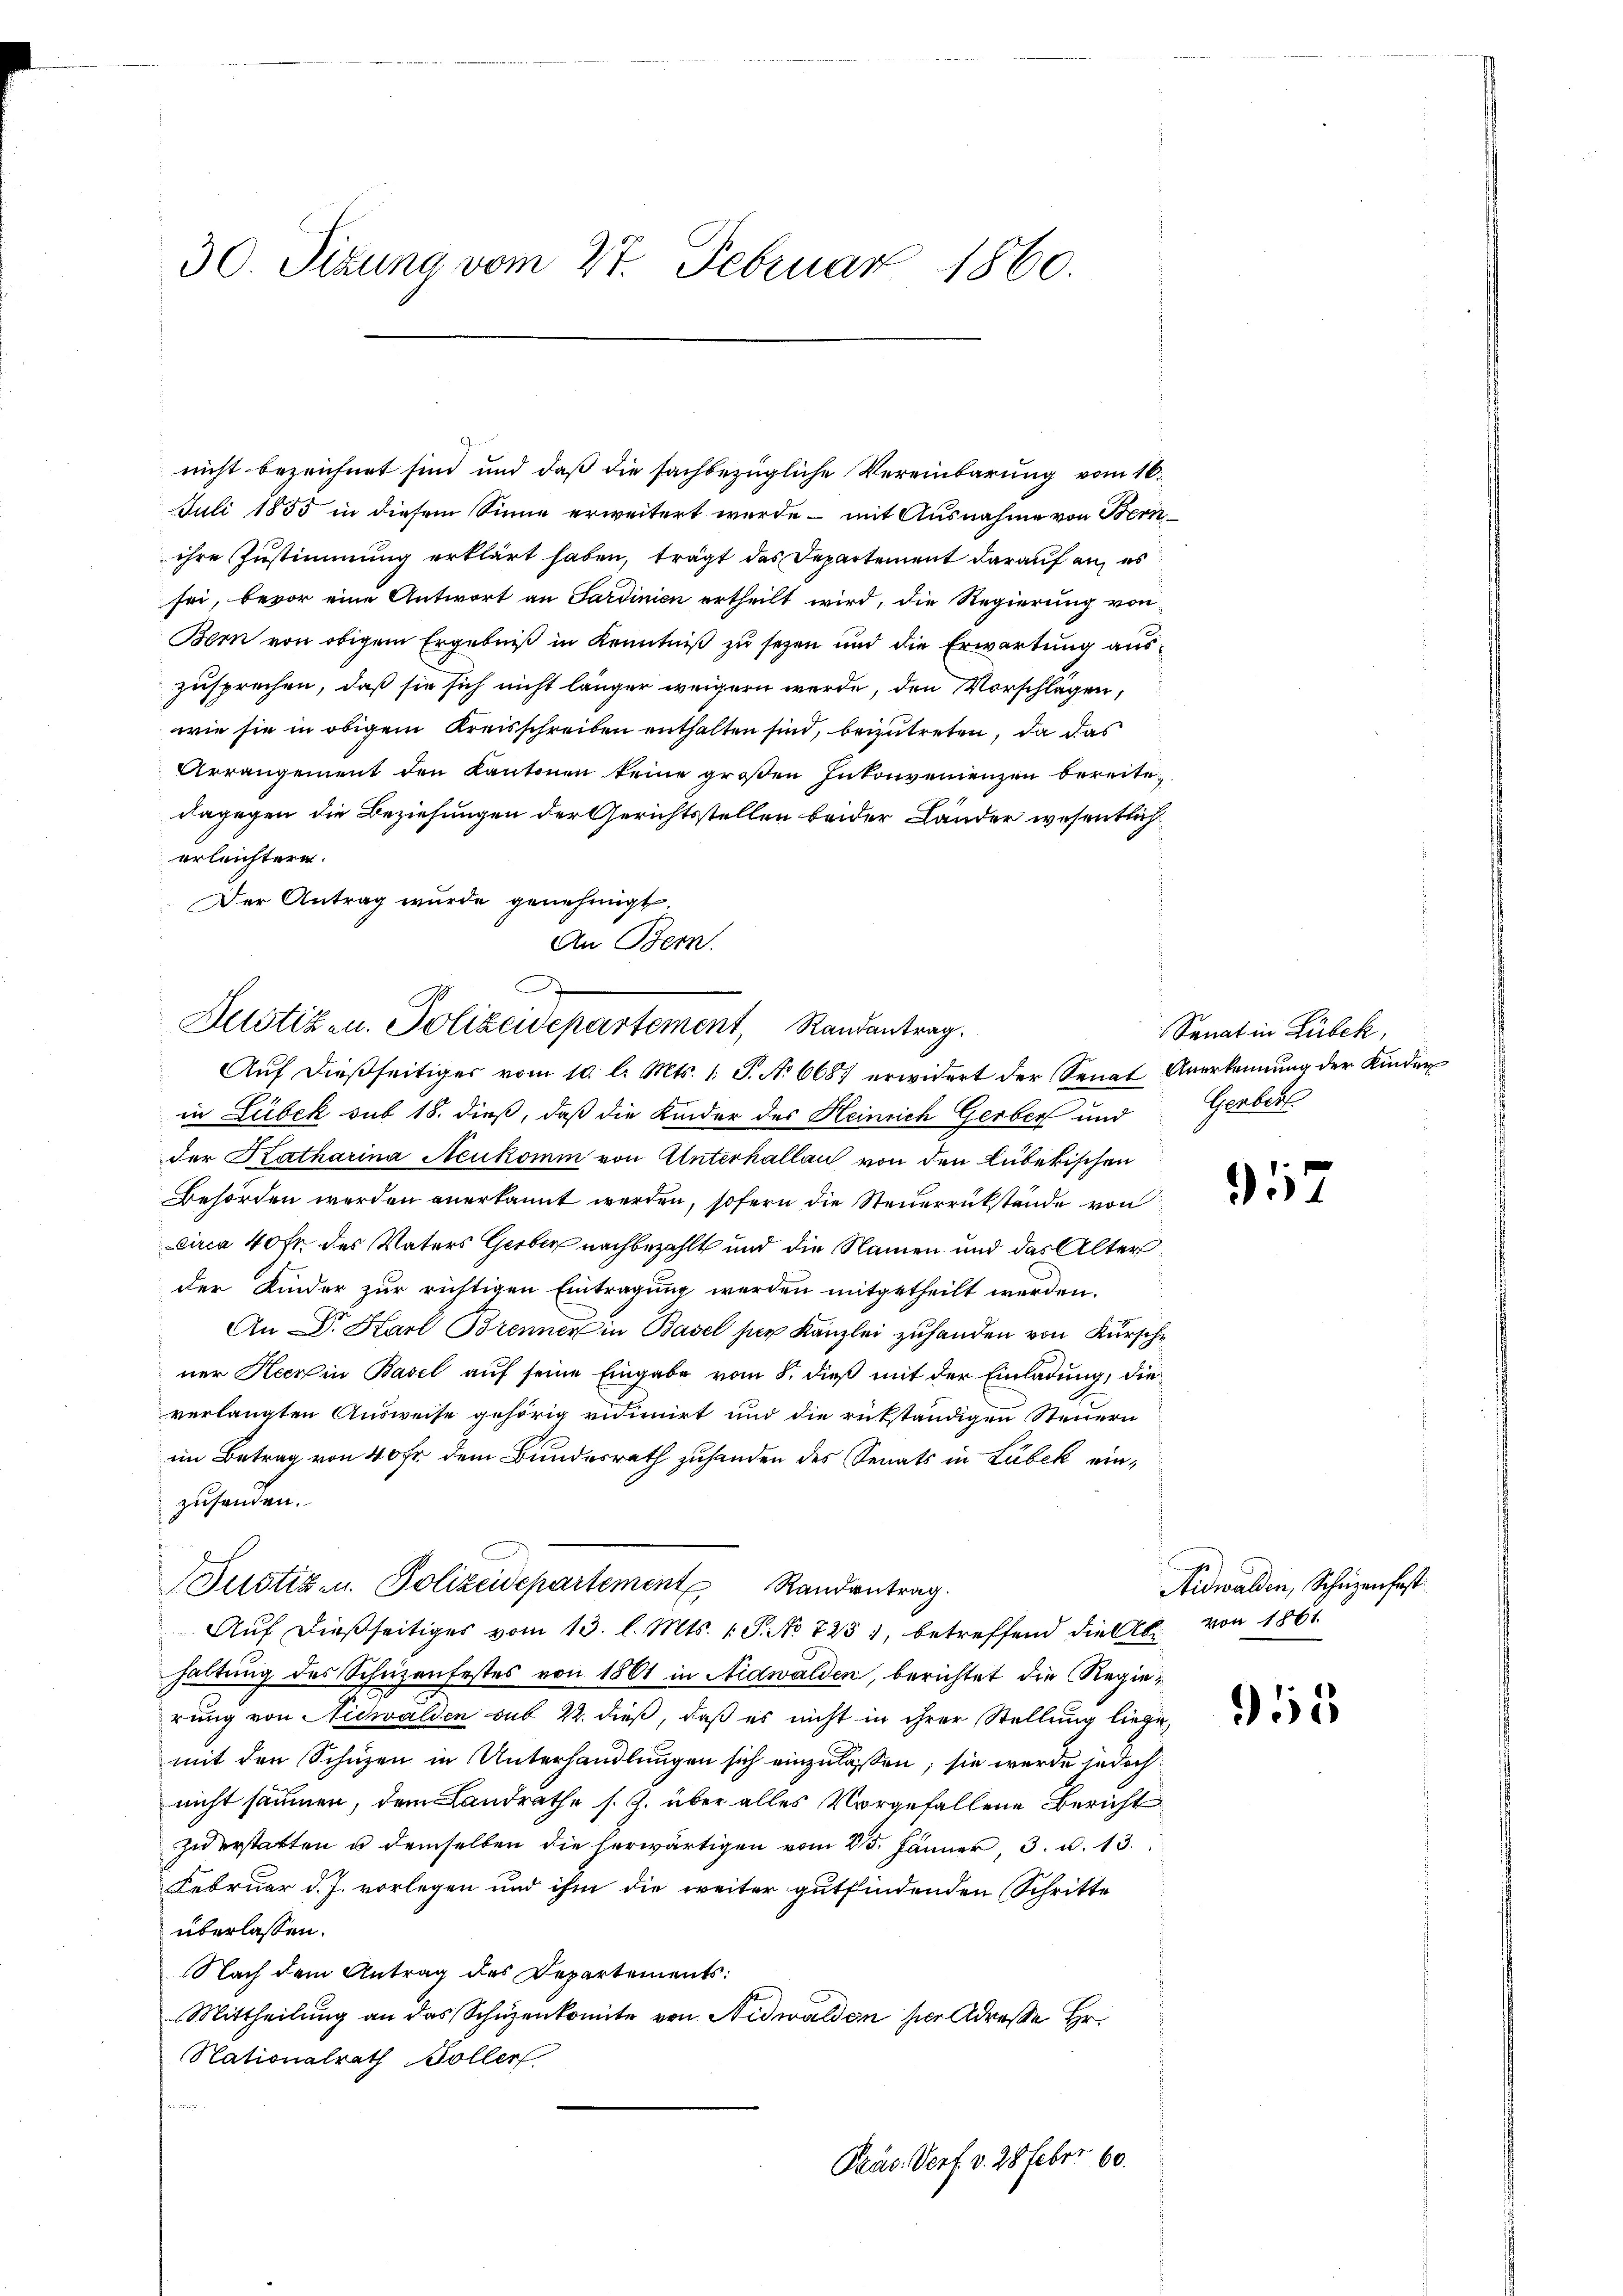
30. Sizung vom 27. Februar 1860.

Gu
nicht bezeichnet sind und daß die sachbezügliche Vereinbarung vom 16.
Juli 1855 in diesem Sinne erweitert wurde - mit Ausnahme von Bern
ihre Zustimmung erklärt haben, trägt das Departement darauf an, es
sei, bevor eine Antwort an Sardinien ertheilt wird, die Regierung von
Bern von obigem Ergebniß in Kenntniß zu sezen und die Erwartung auszusprechen, daß sie sich nicht länger weigern werde, den Vorschlagen,
wie sie in obigem Kreisschreiben enthalten sind, beizutreten, da das
Arrangement den Kantonen keine großen Inkonvenienzen bereite
dagegen die Beziehungen der Gerichtsstellen beider Länder wesentlich
erleichtern.
Der Antrag wurde genehmigt.
in Liebek sub 18. dieß, daß die Kinder des Heinrich Gerber und
der Katharina Neukomm von Unterhallau von den Lübekischen
Behörden werden anerkannt werden, sofern die Steuerrückstände von
circa 40 fr. des Vaters Gerber nachbezahlt und die Namen und das Alter
der Kinder zur richtigen Eintragung werden mitgetheilt werden.
An Dr. Karl Brenner in Basel ser Kanzlei zuhanden von Kürsche
ner Heerin Basel auf seine Eingabe vom 8. dieß mit der Einladung, die
verlangten Ausweise gehörig vidimirt und die rükständigen Steuern
im Betrag von 40 fr dem Bundesrath zuhanden des Senats in Lubek einzusenden.
Justiz- u. Polizeidepartement Randantrag.
Auf dießseitiges vom 13. l. Mts. 1. P. No 723, betreffend die Abhaltung des Schüzenfestes von 1861 in Nidwalden, berichtet die Regierung von Nidwalden sub 22. dieß, daß es nicht in ihrer Stellung liege,
mit den Schuzen in Unterhandlungen sich einzulassen; sie werde jedoch
nicht säumen, dem Landrathe s. Z. über alles Vorgefallene Bericht
zu erstatten u demselben die herwärtigen vom 25. Jänner, 3. u. 13.
Februar d. J. vorlegen und ihm die weiter gutfindenden Schritte
überlassen.
Nach dem Antrag des Departements:
Mittheilung an das Schüzenkomite von Nidwalden hier Adresse Hr.
Nationalrath Boller
n
Pras. Dorf. v. 28 Febr. 60.

An Bern.
A
Zustiz- u. Polizeidepartement, Randantrag.
Aŭf dießseitiger vom 10. l. Mts. 1. S. No 6687 erwidert der Senat Anerkennung der Kinder

Sanat in Lübeck,
Gerber

957

Nidwalden, Schützenhaft
von 1861.

355